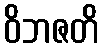
ဝိဘဇတိ